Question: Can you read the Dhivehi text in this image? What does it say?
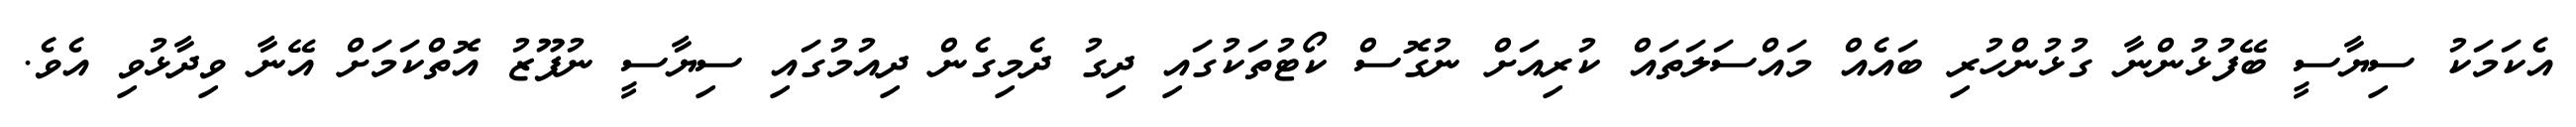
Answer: އެކަމަކު ސިޔާސީ ބޭފުޅުންނާ ގުޅުންހުރި ބައެއް މައްސަލަތައް ކުރިއަށް ނުގޮސް ކޯޓުތަކުގައި ދިގު ދެމިގެން ދިއުމުގައި ސިޔާސީ ނުފޫޒު އޮތްކަމަށް އޭނާ ވިދާޅުވި އެވެ.